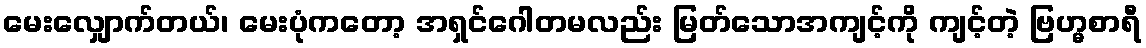
မေးလျှောက်တယ်၊ မေးပုံကတော့ အရှင်ဂေါတမလည်း မြတ်သောအကျင့်ကို ကျင့်တဲ့ ဗြဟ္မစာရီ